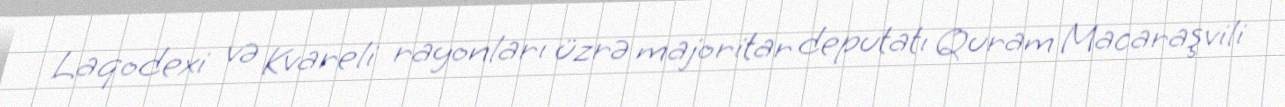
Laqodexi və Kvareli rayonları üzrə majoritar deputatı Quram Macaraşvili